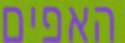
האפים